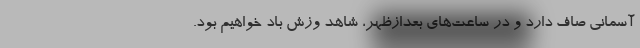
آسمانی صاف دارد و در ساعت‌های بعدازظهر، شاهد وزش باد خواهیم بود.